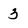
Character: 3